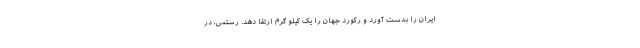
ایران را بدست آورد و رکورد جهان را یک کیلو گرم ارتقا دهد. رستمی، در